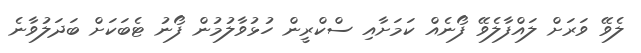
ލެވޭ ވަރަށް ލައްފާލެވޭ ފޯނެއް ކަމަށާއި ސްކްރީން ހުޅުވާލުމުން ފޯނު ޓެބަކަށް ބަދަލުވާނެ